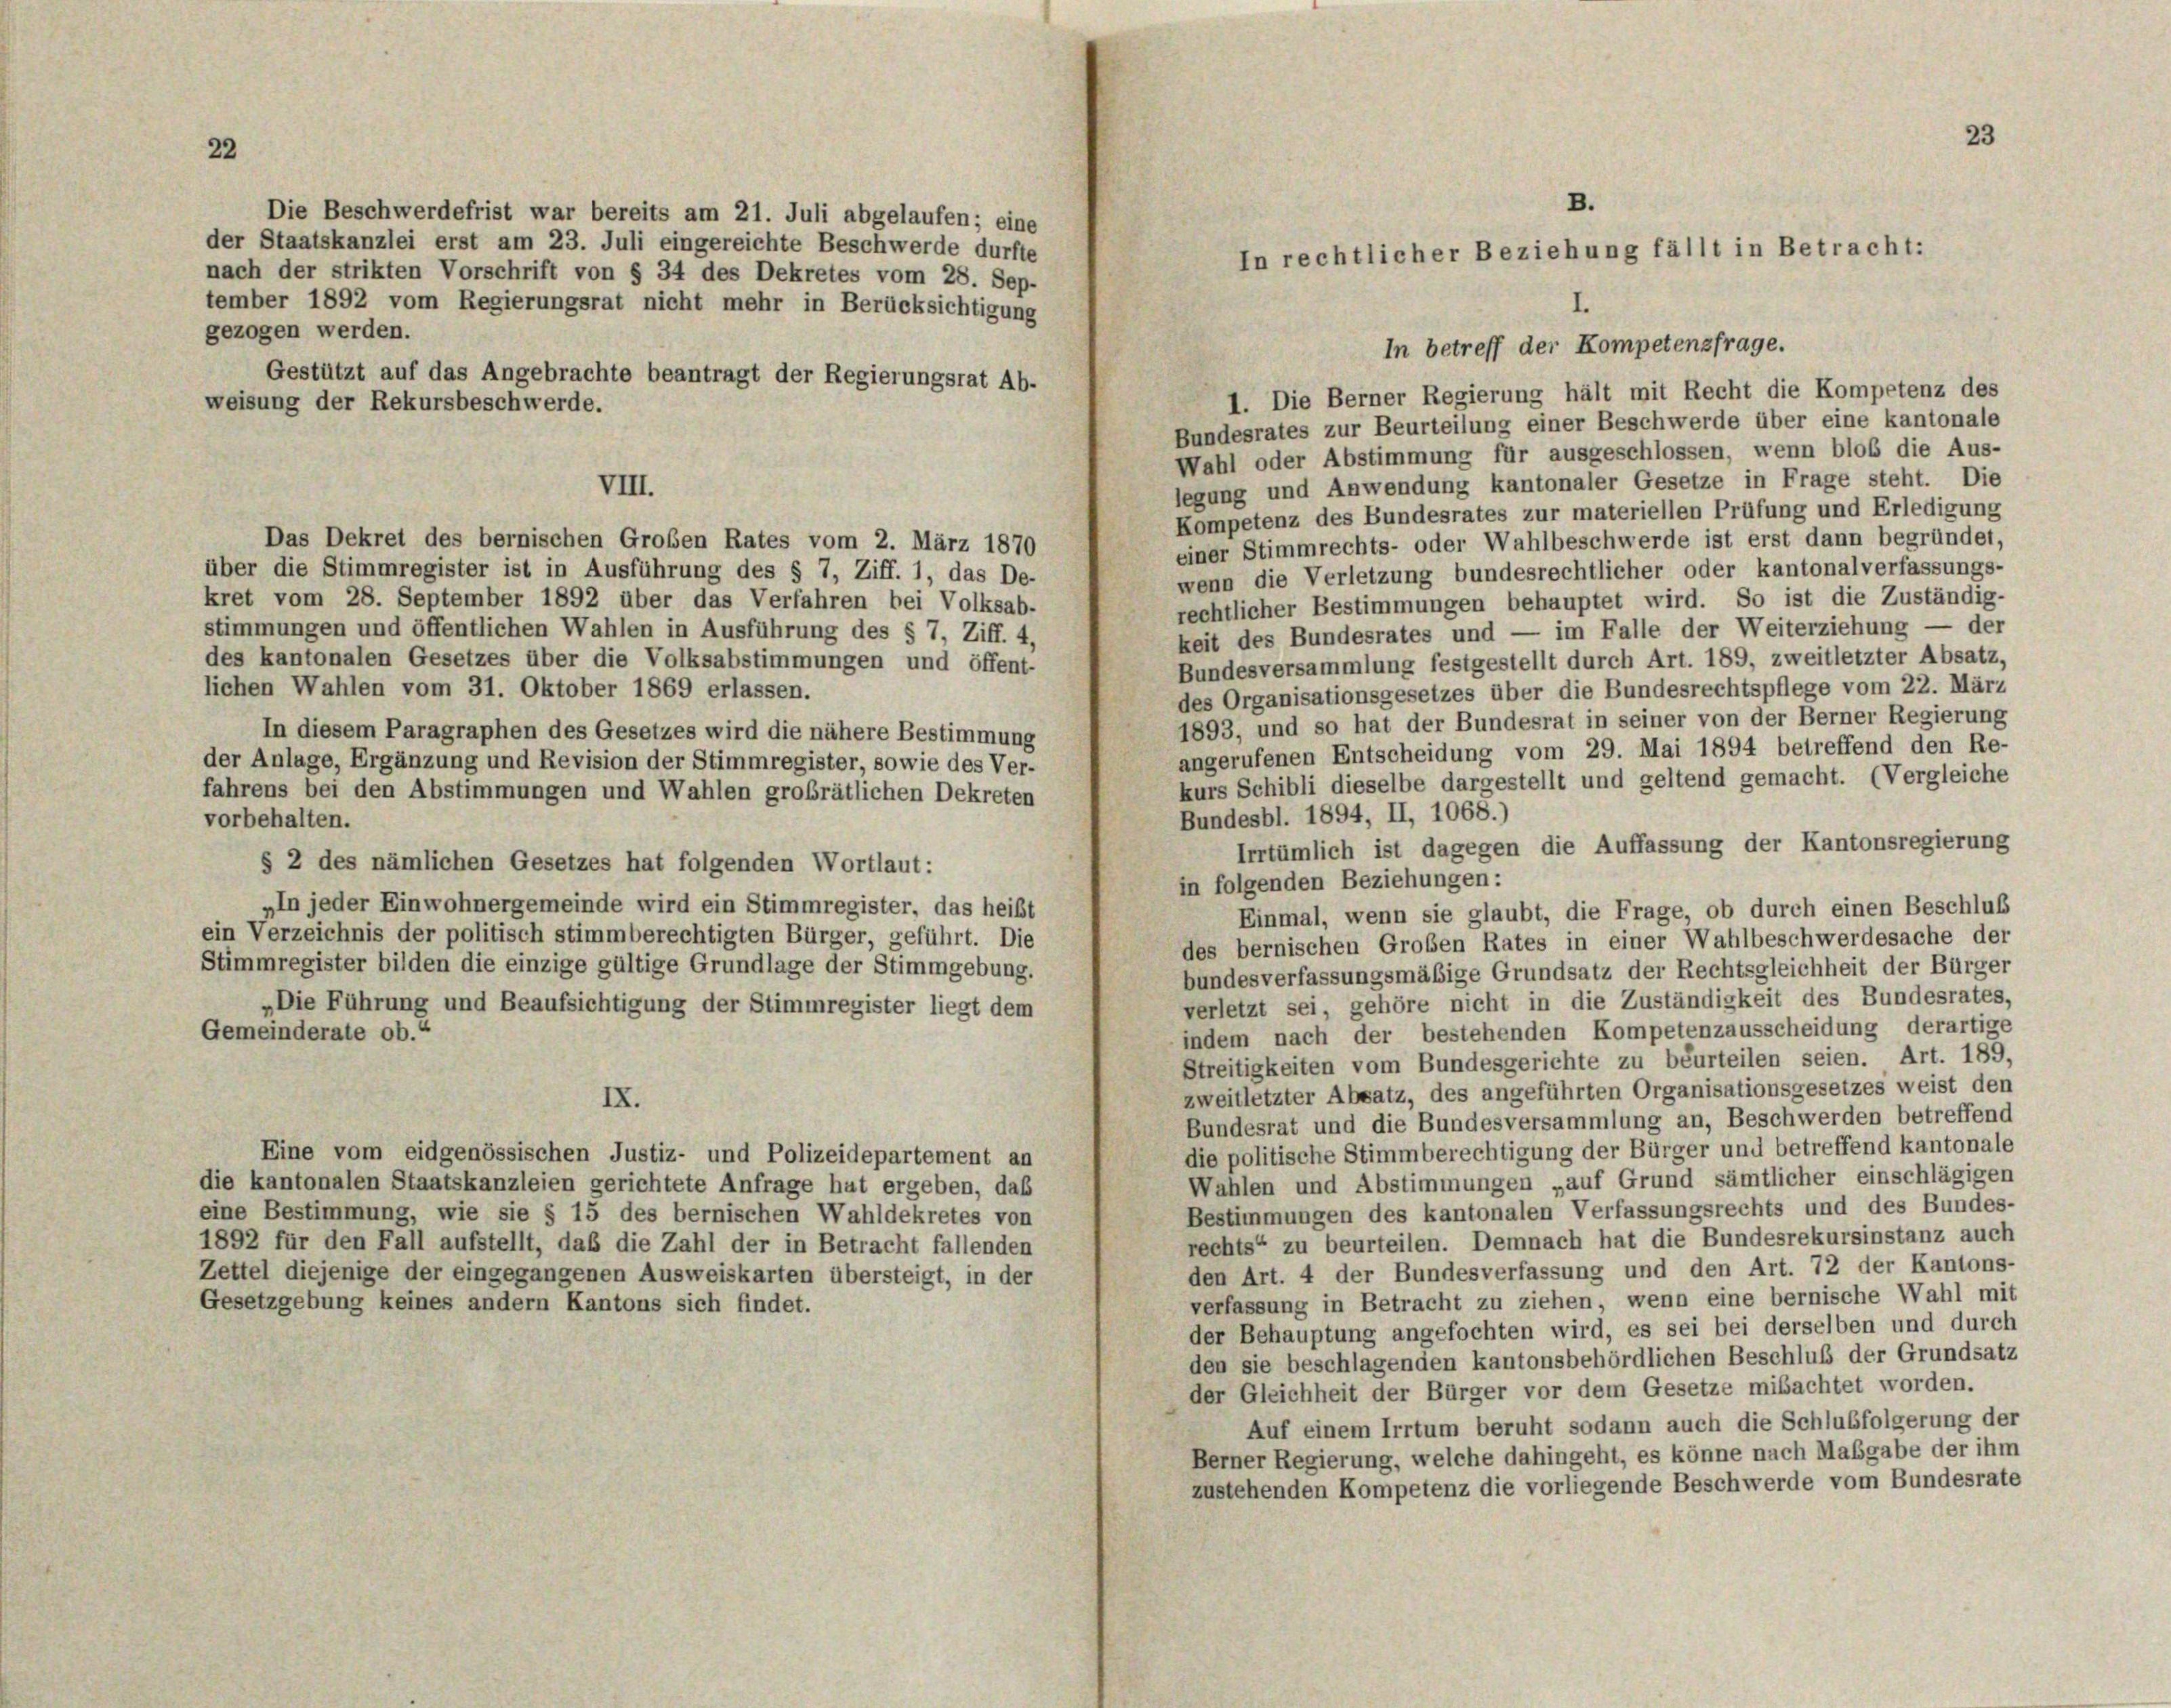
nach der strikten Vorschrift von § 34 des Dekretes vom 28. Sep-
tember 1892 vom Regierungsrat nicht mehr in Berücksichtigung
gezogen werden.
In betreff der Kompetenzfrage.
Gestützt auf das Angebrachte beantragt der Regierungsrat Ab-
1. Die Berner Regierung hält mit Recht die Kompetenz des
weisung der Rekursbeschwerde.
Bundesrates zur Beurteilung einer Beschwerde über eine kantonale
Wahl oder Abstimmung für ausgeschlossen, wenn bloß die Aus-
legung und Anwendung kantonaler Gesetze in Frage steht. Die
VIII.
Kompetenz des Bundesrates zur materiellen Prüfung und Erledigung
Das Dekret des bernischen Großen Rates vom 2. März 1870
einer Stimmrechts- oder Wahlbeschwerde ist erst dann begründet,
über die Stimmregister ist in Ausführung des § 7, Ziff. 1, das De-
wenn die Verletzung bundesrechtlicher oder kantonalverfassungs-
kret vom 28. September 1892 über das Verfahren bei Volksab-
rechtlicher Bestimmungen behauptet wird. So ist die Zuständig-
stimmungen und öffentlichen Wahlen in Ausführung des § 7, Ziff. 4,
keit des Bundesrates und — im Falle der Weiterziehung — der
des kantonalen Gesetzes über die Volksabstimmungen und öffent-
Bundesversammlung festgestellt durch Art. 189, zweitletzter Absatz,
lichen Wahlen vom 31. Oktober 1869 erlassen.
des Organisationsgesetzes über die Bundesrechtspflege vom 22. März
1893, und so hat der Bundesrat in seiner von der Berner Regierung
In diesem Paragraphen des Gesetzes wird die nähere Bestimmung
angerufenen Entscheidung vom 29. Mai 1894 betreffend den Re-
der Anlage, Ergänzung und Revision der Stimmregister, sowie des Ver-
kurs Schibli dieselbe dargestellt und geltend gemacht. (Vergleiche
fahrens bei den Abstimmungen und Wahlen großrätlichen Dekreten
Bundesbl. 1894, II, 1068.)
vorbehalten.
Irrtümlich ist dagegen die Auffassung der Kantonsregierung
§ 2 des nämlichen Gesetzes hat folgenden Wortlaut:
in folgenden Beziehungen:
„In jeder Einwohnergemeinde wird ein Stimmregister, das heißt
Einmal, wenn sie glaubt, die Frage, ob durch einen Beschluß
ein Verzeichnis der politisch stimmberechtigten Bürger, geführt. Die
des bernischen Großen Rates in einer Wahlbeschwerdesache der
Stimmregister bilden die einzige gültige Grundlage der Stimmgebung.
bundesverfassungsmäßige Grundsatz der Rechtsgleichheit der Bürger
verletzt sei, gehöre nicht in die Zuständigkeit des Bundesrates,
„Die Führung und Beaufsichtigung der Stimmregister liegt dem
indem nach der bestehenden Kompetenzausscheidung derartige
Gemeinderate ob.“
Streitigkeiten vom Bundesgerichte zu beurteilen seien. Art. 189,
zweitletzter Absatz, des angeführten Organisationsgesetzes weist den
IX.
Bundesrat und die Bundesversammlung an, Beschwerden betreffend
die politische Stimmberechtigung der Bürger und betreffend kantonale
Eine vom eidgenössischen Justiz- und Polizeidepartement an
Wahlen und Abstimmungen „auf Grund sämtlicher einschlägigen
die kantonalen Staatskanzleien gerichtete Anfrage hat ergeben, daß
Bestimmungen des kantonalen Verfassungsrechts und des Bundes-
eine Bestimmung, wie sie § 15 des bernischen Wahldekretes von
rechts“ zu beurteilen. Demnach hat die Bundesrekursinstanz auch
1892 für den Fall aufstellt, daß die Zahl der in Betracht fallenden
den Art. 4 der Bundesverfassung und den Art. 72 der Kantons-
Zettel diejenige der eingegangenen Ausweiskarten übersteigt, in der
verfassung in Betracht zu ziehen, wenn eine bernische Wahl mit
Gesetzgebung keines andern Kantons sich findet.
der Behauptung angefochten wird, es sei bei derselben und durch
den sie beschlagenden kantonsbehördlichen Beschluß der Grundsatz
der Gleichheit der Bürger vor dem Gesetze mibachtet worden.
Auf einem Irrtum beruht sodann auch die Schlußfolgerung der
Berner Regierung, welche dahingeht, es könne nach Mabgabe der ihm
zustehenden Kompetenz die vorliegende Beschwerde vom Bundesrate

Die Beschwerdefrist war bereits am 21. Juli abgelaufen; eine
der Staatskanzlei erst am 23. Juli eingereichte Beschwerde durfte

B.
In rechtlicher Beziehung fällt in Betracht:

3